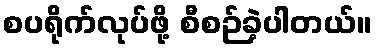
စပရိုက်လုပ်ဖို့ စီစဉ်ခဲ့ပါတယ်။